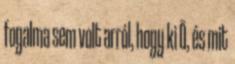
fogalma sem volt arról, hogy ki Õ, és mit